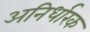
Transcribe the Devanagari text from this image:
अनिर्धारक